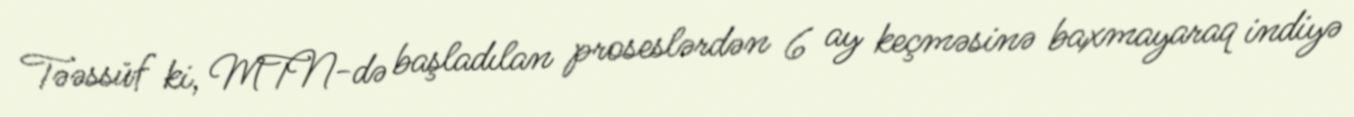
Təəssüf ki, MTN-də başladılan proseslərdən 6 ay keçməsinə baxmayaraq indiyə